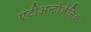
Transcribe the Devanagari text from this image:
एंटीअन्द्रोजेनिक